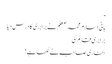
ـ
بانی اسلام محمد صعلم نے برابری کا درس دیا
برابری قائم کی
بخاری صاحب نے لکھا ہے !